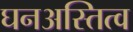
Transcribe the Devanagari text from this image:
घनअस्तित्व